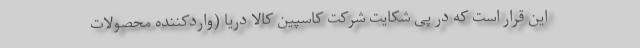
این قرار است که در پی شکایت شرکت کاسپین کالا دریا (واردکننده محصولات